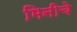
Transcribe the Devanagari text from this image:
मिनीचे